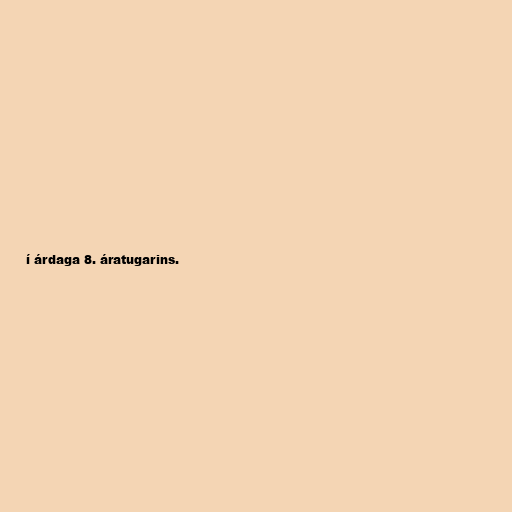
í árdaga 8. áratugarins.